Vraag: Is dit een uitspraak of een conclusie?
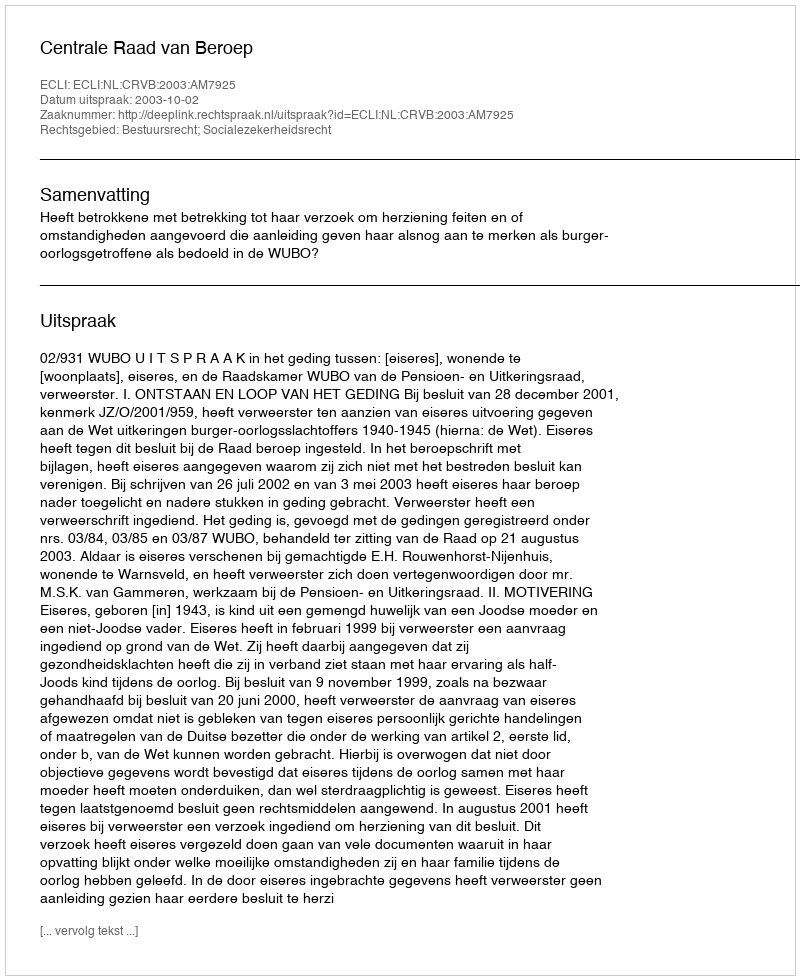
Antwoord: Uitspraak